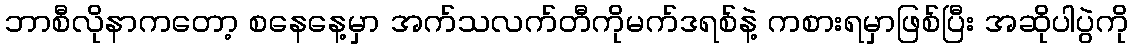
ဘာစီလိုနာကတော့ စနေနေ့မှာ အက်သလက်တီကိုမက်ဒရစ်နဲ့ ကစားရမှာဖြစ်ပြီး အဆိုပါပွဲကို